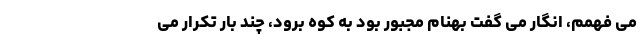
می فهمم، انگار می گفت بهنام مجبور بود به کوه برود، چند بار تکرار می